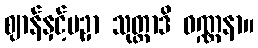
ဈာန်နှင့်ပဥှာ သုတ္တာဒိ ဝဏ္ဏနာ။